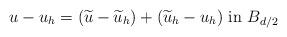
LaTeX: \begin{align*}u - u_h = (\widetilde u - \widetilde u_h) + (\widetilde u_h - u_h) \mbox{ in $B_{d/2}$} \end{align*}